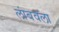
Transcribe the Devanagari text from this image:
लांबवला